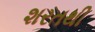
શરતથી